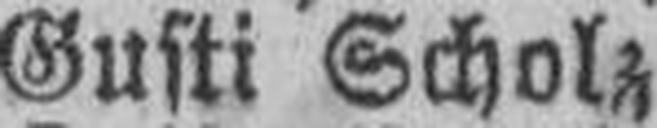
Gusti Scholz